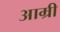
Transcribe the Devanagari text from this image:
आम्री